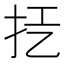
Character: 𢪞